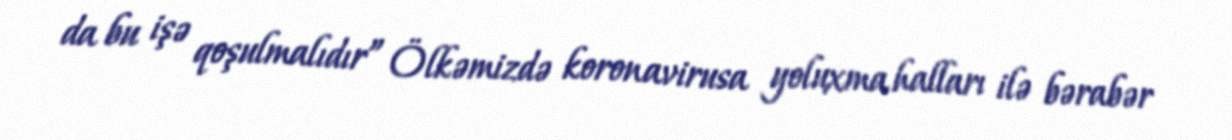
da bu işə qoşulmalıdır” Ölkəmizdə koronavirusa yoluxma halları ilə bərabər